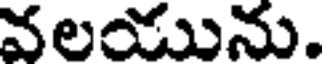
వలయును.